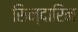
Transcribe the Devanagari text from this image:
सिन्दारिन